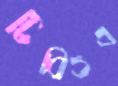
টিবিওএ